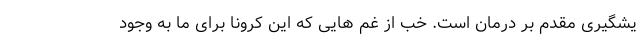
یشگیری مقدم بر درمان است. خُب از غم هایی که این کرونا برای ما به وجود